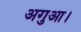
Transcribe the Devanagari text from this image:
अगुआ।